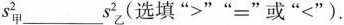
s_{甲}^{2}___s_{乙}^{2}（选填“>”“=”或“<”）。